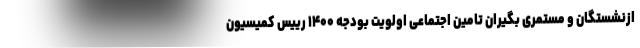
ازنشستگان و مستمری بگیران تامین اجتماعی اولویت بودجه ۱۴۰۰ رییس کمیسیون